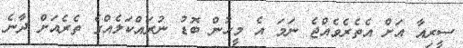
ސީރިއާ އަށް އެތެރެވެއްޖެ ނަމަ އެ މީހުން ބޮޑު ނުރައްކަލެއްގެ ތެރެއަށް ދާނެ